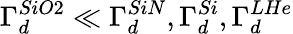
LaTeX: \Gamma_{d}^{SiO2}\ll\Gamma_{d}^{SiN},\Gamma_{d}^{Si},\Gamma_{d}^{LHe}